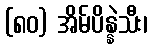
(၈၀) အိမ်ပိန္နဲသီး၊